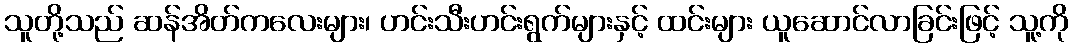
သူတို့သည် ဆန်အိတ်ကလေးများ၊ ဟင်းသီးဟင်းရွက်များနှင့် ထင်းများ ယူဆောင်လာခြင်းဖြင့် သူ့ကို